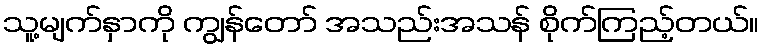
သူ့မျက်နှာကို ကျွန်တော် အသည်းအသန် စိုက်ကြည့်တယ်။